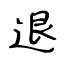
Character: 退